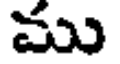
ము